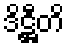
ဒိဋ္ဌီတိ